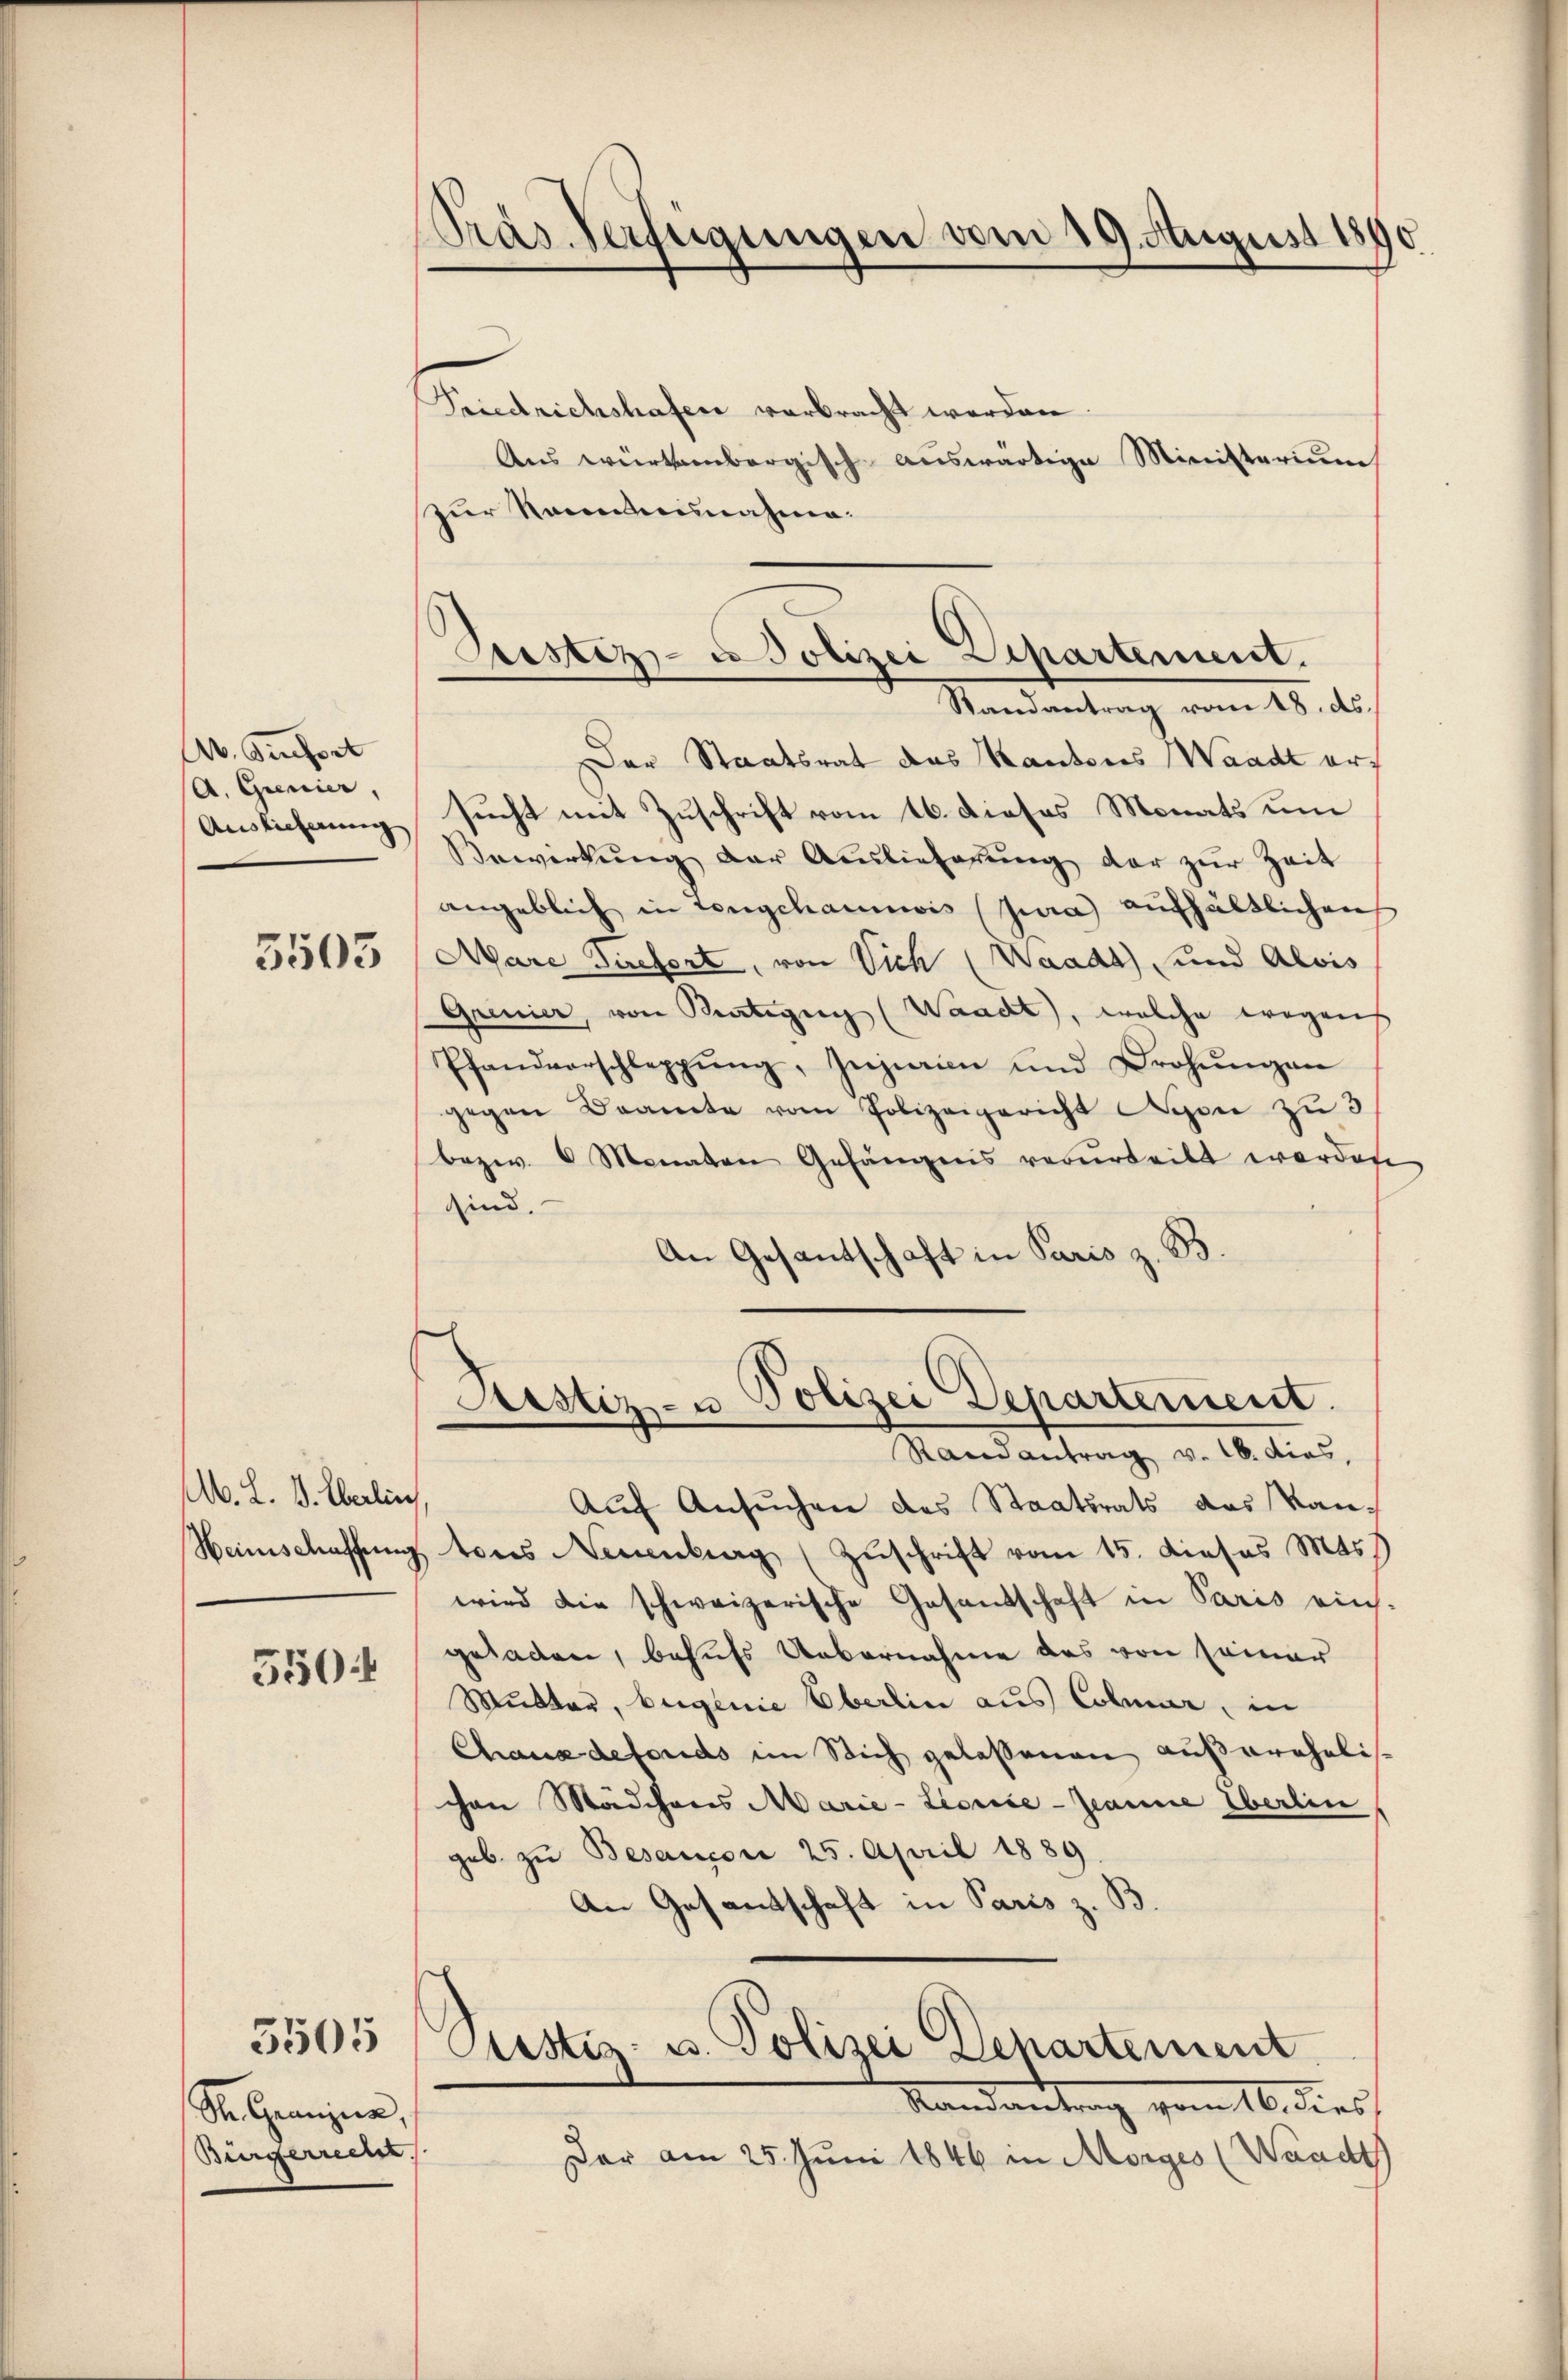
A. Geset
A. Grencier,
Auslieferung

5503

M. L. V. Eberlin

550:

St. Ganzen,
Bürgerredet,

5505

Präs. Verfügungen vom 19. August 1890.

Zustiz- u. Polizei Separtement.
Randantrag vom 18. ds.

Friedrichshafen verbracht werden.
Aus würtembergisch auswärtige Ministerium
zŭr Kenntnunahme.
Der Staatsrat das Kantons Waadt erz
sucht mit Zuschrift vom 16. dieses Monats um
Bewirkung der Auslieferung der zur Zeit
angeblich in Lengchannis (Jura aufhältlichen
Aare Tiefert, von Vich (Waadt) und Alois
Grenier, von Brartigen (Waadt, welche wegen
Pfandverschleppŭng, Injurien und Drohŭngen
gegen Beamte vom Polizeigericht Lyon zu 3
bezw. 6 Monaten Gefängens verurteilt werden
sind.
An Gesantschaft in Paris z. B.
Rustiz- u. Polizei Departement.
Randantrag v. 16. dies
Auf Ansuchen des Staatsrats das Kan¬
Heimschaffung tores Neuenburg (Zuschrift vom 15. Dieses Mas
wird die schweizerische Gesandschaft in Paris ein
geladen, behufs Uebernahme das von seiner
Mutter, beigenie Oberlin aus Colmar, in
Chaus defonds im Stich gelassenen außerehelichen Mädchens Marie-Lionce-Zeanne Eberlin,
geb. zu Besancore 25. April 1889.
An Gesantschaft in Paris z. B
Justiz- u. Polizei Departement
Randantrag vom 16. dies
Der am 25. Juni 1846 in Morges (Waadt